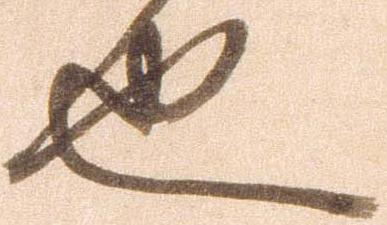
也